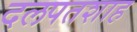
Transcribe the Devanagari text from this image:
दलपतशाह